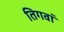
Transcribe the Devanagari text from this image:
तिगवां